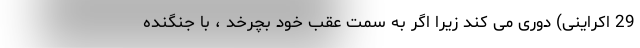
29 اکراینی) دوری می کند زیرا اگر به سمت عقب خود بچرخد ، با جنگنده